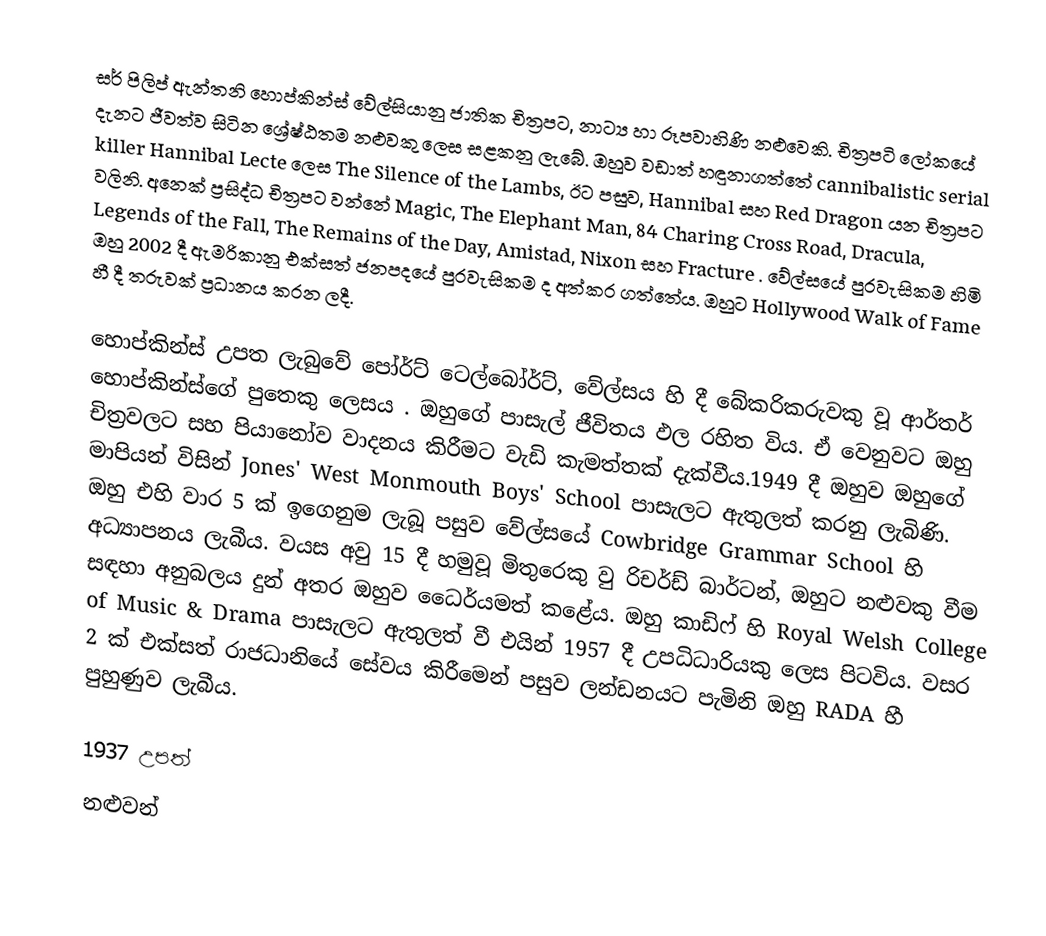
සර් පිලිප් ඇන්තනි හොප්කින්ස් වේල්සියානු ජාතික චිත්‍රපට, නාට්‍ය හා රූපවාහිණි නළුවෙකි. චිත්‍රපටි ලෝකයේ දැනට ජීවත්ව සිටින ශ්‍රේෂ්ඨතම නළුවකු ලෙස සළකනු ලැබේ. ඔහුව වඩාත් හඳුනාගත්තේ cannibalistic serial killer Hannibal Lecte ලෙස The Silence of the Lambs, ඊට පසුව, Hannibal සහ Red Dragon යන චිත්‍රපට වලිනි. අනෙක්  ප්‍රසිද්ධ චිත්‍රපට වන්නේ Magic, The Elephant Man, 84 Charing Cross Road, Dracula, Legends of the Fall, The Remains of the Day, Amistad, Nixon සහ Fracture . වේල්සයේ පුරවැසිකම හිමි ඔහු 2002 දී ඇමරිකානු එක්සත් ජනපදයේ පුරවැසිකම ද අත්කර ගත්තේය. ඔහුට Hollywood Walk of Fame හී දී තරුවක් ප්‍රධානය කරන ලදී.

හොප්කින්ස්  උපත ලැබුවේ පෝර්ට් ටෙල්බෝර්ට්, වේල්සය හි දී බේකරිකරුවකු වූ ආර්තර් හොප්කින්ස්ගේ පුතෙකු ලෙසය . ඔහුගේ පාසැල් ජීවිතය ඵල රහිත විය. ඒ වෙනුවට ඔහු චිත්‍රවලට සහ පියානෝව වාදනය කිරීමට වැඩි කැමත්තක් දැක්වීය.1949 දී ඔහුව ඔහුගේ  මාපියන් විසින් Jones' West Monmouth Boys' School පාසැලට ඇතුලත් කරනු ලැබිණි. ඔහු එහි  වාර 5 ක් ඉගෙනුම ලැබූ පසුව වේල්සයේ Cowbridge Grammar School හි අධ්‍යාපනය ලැබීය. වයස අවු 15 දී හමුවූ මිතුරෙකු වු රිචර්ඩ් බාර්ටන්, ඔහුට  නළුවකු වීම සඳහා අනුබලය  දුන් අතර ඔහුව ධෛර්යමත් කළේය. ඔහු කාඩිෆ් හි Royal Welsh College of Music & Drama පාසැලට ඇතුලත් වී එයින් 1957 දී උපධිධාරියකු ලෙස පිටවිය. වසර 2 ක් එක්සත් රාජධානියේ සේවය කිරීමෙන් පසුව ලන්ඩනයට පැමිනි ඔහු  RADA  හී පුහුණුව ලැබීය.

1937 උපත්
නළුවන්